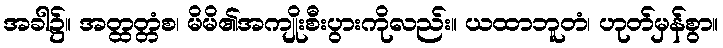
အခါ၌။ အတ္ထတ္တံစ၊ မိမိ၏အကျိုးစီးပွားကိုလည်း။ ယထာဘူတံ၊ ဟုတ်မှန်စွာ။